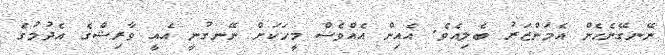
ނޭނގޭނެހެން އެމަންޒަރު ބެލިއެވެ. އެއިން އެއްވެސް މީހަކަށް ނޭނގުނީ އެއީ ވާރިޝްގެ އެދުމުގެ